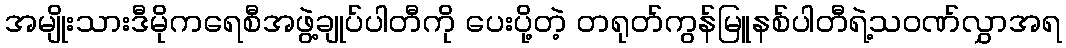
အမျိုးသားဒီမိုကရေစီအဖွဲ့ချုပ်ပါတီကို ပေးပို့တဲ့ တရုတ်ကွန်မြူနစ်ပါတီရဲ့သဝဏ်လွှာအရ